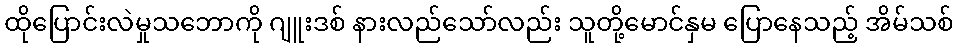
ထိုပြောင်းလဲမှုသဘောကို ဂျူးဒစ် နားလည်သော်လည်း သူတို့မောင်နှမ ပြောနေသည့် အိမ်သစ်